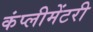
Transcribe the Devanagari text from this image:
कंप्लीमेंटरी